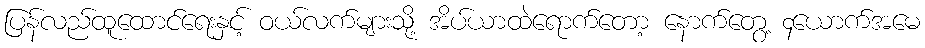
ပြန်လည်ထူထောင်ရေးနှင့် ဝယ်လက်များသို့ အိပ်ယာထဲရောက်တော့ နောက်တွေ့ ၄ယောက်အမေ